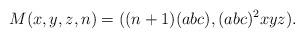
LaTeX: \begin{align*} M(x,y,z,n) = ((n+1)(abc), (abc)^{2} xyz).\end{align*}